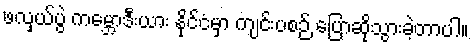
ဖလှယ်ပွဲ ကမ္ဘောဒီးယား နိုင်ငံမှာ ကျင်းပစဉ် ပြောဆိုသွားခဲ့တာပါ။